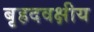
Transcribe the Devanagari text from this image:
बृहदवक्षीय